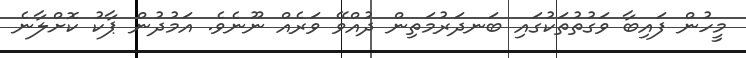
މީހުން ފައިބާ ވަގުތުތަކުގައި ބަނދަރުމަތިން ދުއްވޭ ވަރެއް ނޫނެވެ. އަމުދުން ޕާކު ކޮށްލާނެ